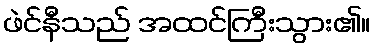
ဖဲင်နီသည် အထင်ကြီးသွား၏။